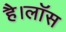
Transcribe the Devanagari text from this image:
है।लॉस